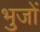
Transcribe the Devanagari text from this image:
भुजों